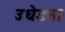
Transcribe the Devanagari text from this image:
उधेडना